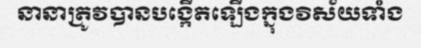
នានាត្រូវបានបង្កើតឡើងក្នុងវិស័យទាំង